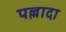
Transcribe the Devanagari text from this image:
पल्लादा